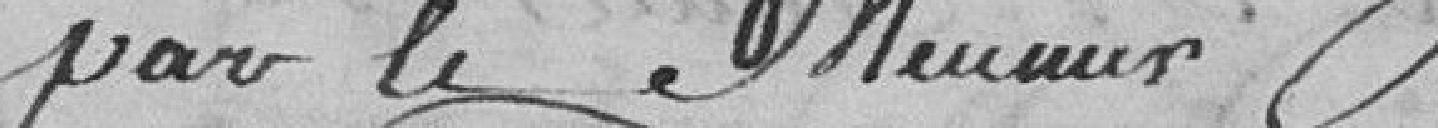
par le meunier